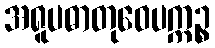
အရူပဓာတုဝေပက္ကဉ္စ